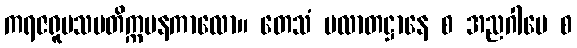
ကရဇရူပသမတိက္ကမနကာလော။ တေသံ ပလာတဋ္ဌာနေ စ အညဂါမေ စ